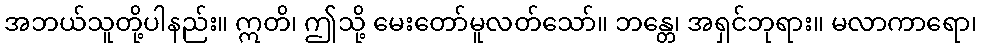
အဘယ်သူတို့ပါနည်း။ ဣတိ၊ ဤသို့ မေးတော်မူလတ်သော်။ ဘန္တေ၊ အရှင်ဘုရား။ မလာကာရော၊